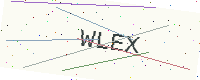
Text: WLEX